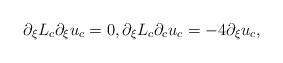
LaTeX: \begin{align*}\partial_{\xi} L_c \partial_{\xi} u_c = 0, \partial_{\xi} L_c \partial_c u_c = -4 \partial_{\xi} u_c,\end{align*}